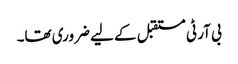
بی آر ٹی مستقبل کے لیے ضروری تھا۔